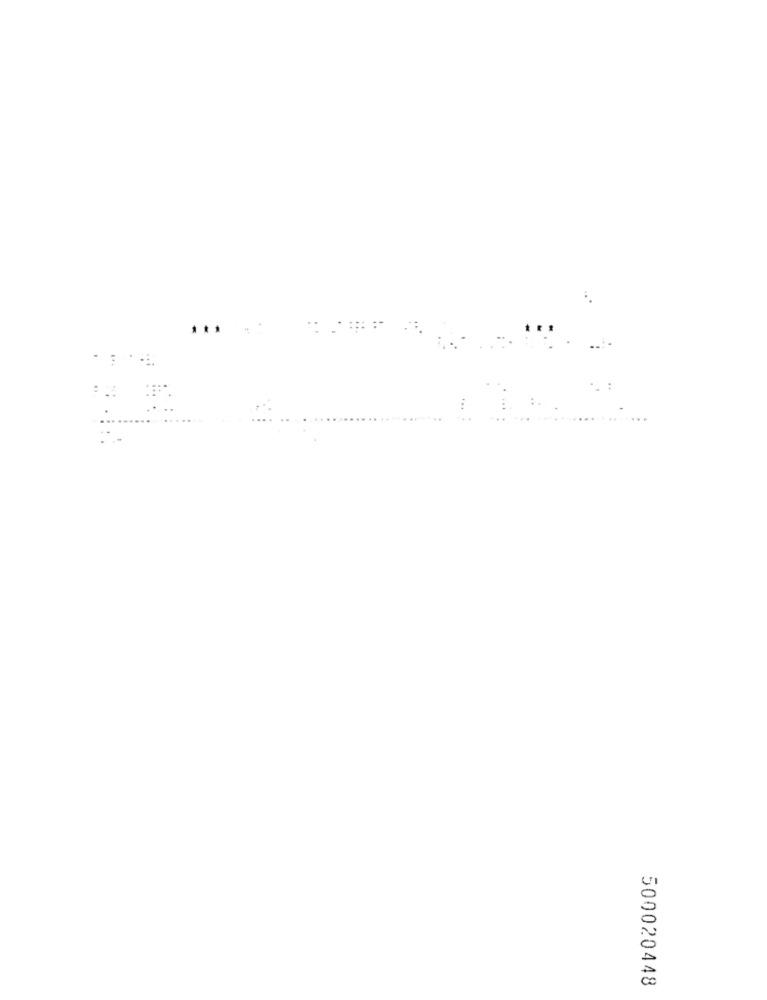
500020448